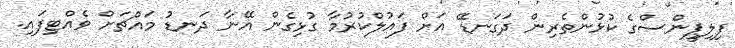
ފިލިޕީންސްގެ ކުޅުންތެރިން ދަގަނޑޭ އަށް ފައުލްކުރުމާ ގުޅިގެން އޭނާ ދަނޑު މައްޗަށް ވެއްޓިފައި.